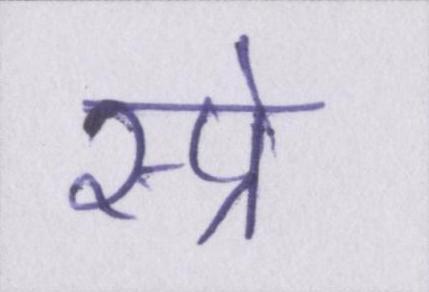
स्प्रे